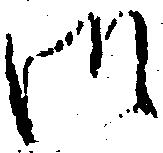
御